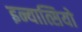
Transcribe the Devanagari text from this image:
इन्यात्सियो